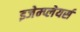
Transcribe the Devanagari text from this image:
इजेम्प्लेयर्स